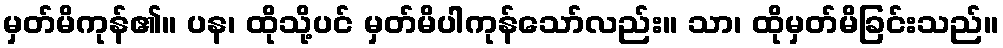
မှတ်မိကုန်၏။ ပန၊ ထိုသို့ပင် မှတ်မိပါကုန်သော်လည်း။ သာ၊ ထိုမှတ်မိခြင်းသည်။